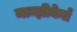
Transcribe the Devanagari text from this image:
मान्झीकेर्त